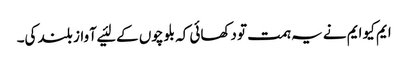
ایم کیو ایم نے یہ ہمت تو دکھائی کہ بلوچوں کے لئیے آواز بلند کی۔